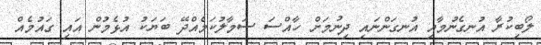
ލޯބިކުރާ އުނގެނުމާއި އުނގަންނައި ދިނުމަށް ހާއްސަ ސަމާލުކަމެއްދޭ ބަޔަކު އުޅެމުން އައި ގައުމެއް